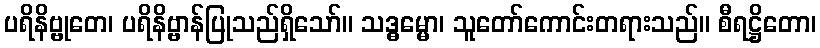
ပရိနိဗ္ဗုတေ၊ ပရိနိဗ္ဗာန်ပြုသည်ရှိသော်။ သဒ္ဓမ္မော၊ သူတော်ကောင်းတရားသည်။ စီရဋ္ဌိတော၊